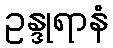
ဥန္ဒုရာနံ